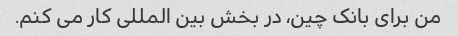
من برای بانک چین، در بخش بین المللی کار می کنم.